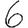
Digit: 6